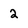
Character: 2